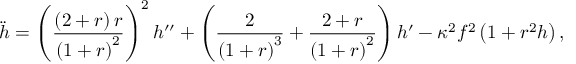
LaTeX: \ddot { h } = \left( \frac { \left( 2 + r \right) r } { \left( 1 + r \right) ^ { 2 } } \right) ^ { 2 } h ^ { \prime \prime } + \left( \frac { 2 } { \left( 1 + r \right) ^ { 3 } } + \frac { 2 + r } { \left( 1 + r \right) ^ { 2 } } \right) h ^ { \prime } - \kappa ^ { 2 } f ^ { 2 } \left( 1 + r ^ { 2 } h \right) ,